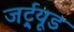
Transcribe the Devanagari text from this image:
जर्ट्र्यूड